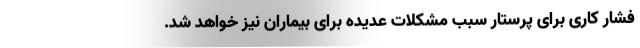
فشار کاری برای پرستار سبب مشکلات عدیده برای بیماران نیز خواهد شد.